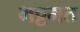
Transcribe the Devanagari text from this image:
भट्टमत